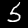
Label: 5